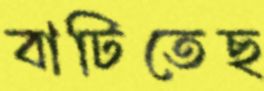
বাটিতেছ